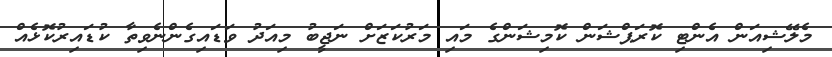
މެލޭޝިއަން އެންޓި ކޮރަޕްޝަން ކޮމިޝަންގެ މައި މަރުކަޒަށް ނަޖީބު މިއަދު ވަޑައިގެންނެވިތާ ކުޑައިރުކޮޅެއް